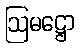
ဩမဋ္ဌော